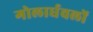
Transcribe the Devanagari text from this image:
गोलार्धवलों